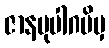
ဇာနမုပါဂမိမှ